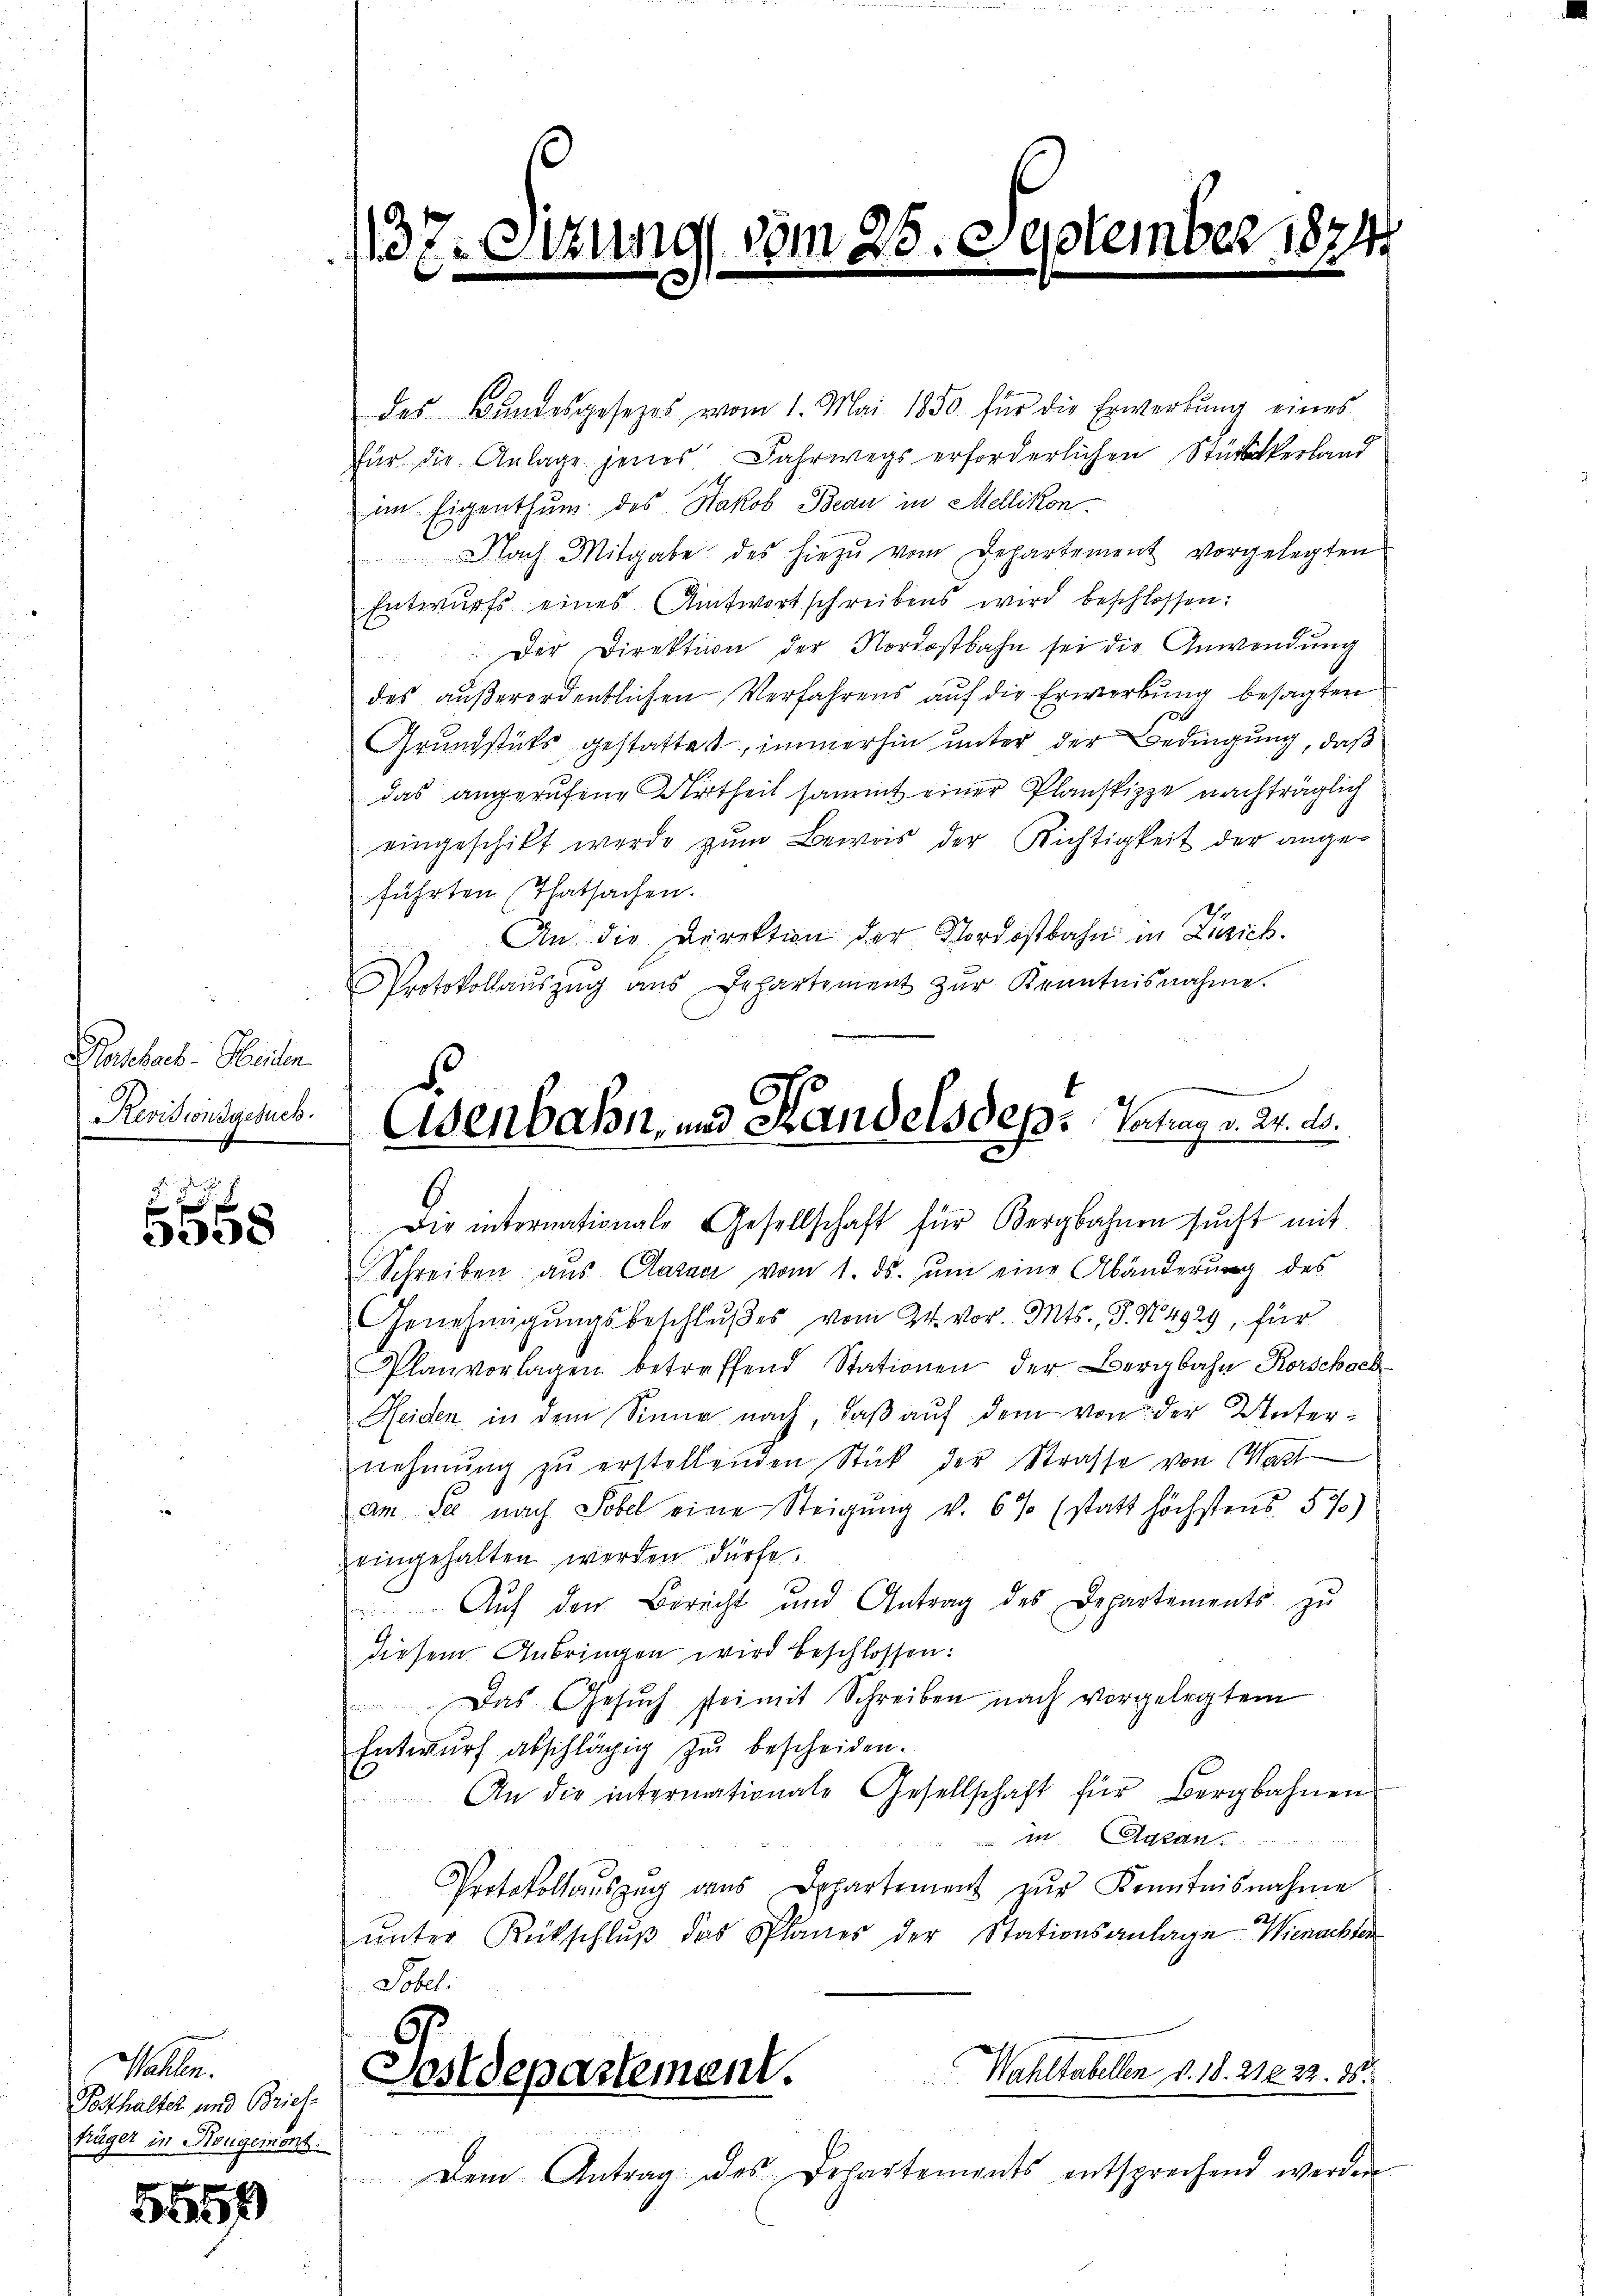
Bastarb. Meilen.
Revisionsgesuch.

45. 5
358

Mahlen.
Posthalter und Brief
träger in Kougeront.

5569

137.

itung vom
e
.

des Bundesgesezes vom 1. Mai 1850 für die Erwerbŭng eines
für die Anlage jenes Fahrwegs erforderlichen Stückerland
im Eigenthum des Jakob Beau in Mellikon
ach Mitgabe des hiezu vom Departement vorgelegten
Entwurfs eines Antwortschreibens wird beschlossen:
Der Direktion der Nordostbahn sei die Anwendung

des außerordentlichen Verfahrens auf die Erwerbung besagten
A
Grundstüks gestattet, immerhin unter der Bedingung, daß
das angerufene Urtheil sammt einer Planskizze nachträglich
eingeschikt werde zum Beweis der Richtigkeit der angeführten (Thatsachen.
An die Direktion der Nordostbahn in Zürich.
Protokollauszug aus Departement zŭr Kenntnisnahme.
Die internationale Gesellschaft für Bergbahnen sucht mit
Schreiben aŭs Carac vom 1. ds. ŭm eine Abänderŭng des
Genehmigŭngsbeschlußes vom 24. vor. Mts., S. N. 4929, für
Planvorlagen betreffend Stationen der Bergbahn Korschach
Heiden in dem Sinne nach, daß auf dem von der Unternehmung zŭ erstellenden Stück der Strasse von Matt
am See nach Tobel eine Steigung v. 6% (statt höchstens 57)
eingehalten werden dürfe.
Auf den Bericht und Antrag des Departements zu
diesem Anbringen wird beschlossen:
Das Gesuch sei mit Schreiben nach vorgelegtem
Entwŭrf abschlägig zŭ bescheiden.
An die intermationale Gesellschaft für Bergbahnen
Agan.
Protokollaŭszŭg dans Appartement zŭr Kenntnisnahme.
ŭnter Rückschlŭβ das Planes der Stationsanlage Wienachter
Tobel.
Wahltabellen v. 18. 21222. 86.
Postdepartement.

Dem Antrag des Departements entsprechend werden

eptember 1874.

d.
Esenbahn, und Handels des Vortrag v. 2. ds.